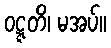
ဝဋ္ဋတိ၊ မအပ်။